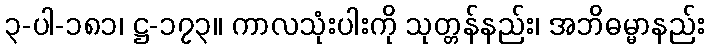
၃-ပါ-၁၈၁၊ ဋ္ဌ-၁၇၃။ ကာလသုံးပါးကို သုတ္တန်နည်း၊ အဘိဓမ္မာနည်း